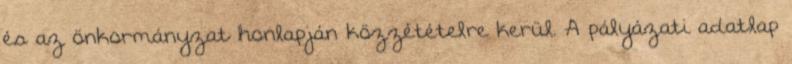
és az önkormányzat honlapján közzétételre kerül. A pályázati adatlap